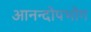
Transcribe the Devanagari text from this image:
आनन्दोपभोग